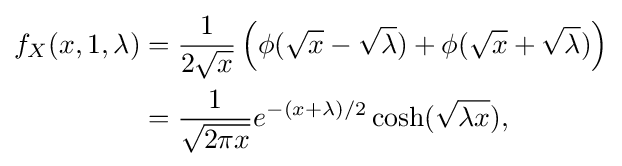
{\begin{aligned}f_{X}(x,1,\lambda )&={\frac {1}{2{\sqrt {x}}}}\left(\phi ({\sqrt {x}}-{\sqrt {\lambda }})+\phi ({\sqrt {x}}+{\sqrt {\lambda }})\right)\\&={\frac {1}{\sqrt {2\pi x}}}e^{-(x+\lambda )/2}\cosh({\sqrt {\lambda x}}),\end{aligned}}